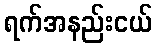
ရက်အနည်းငယ်